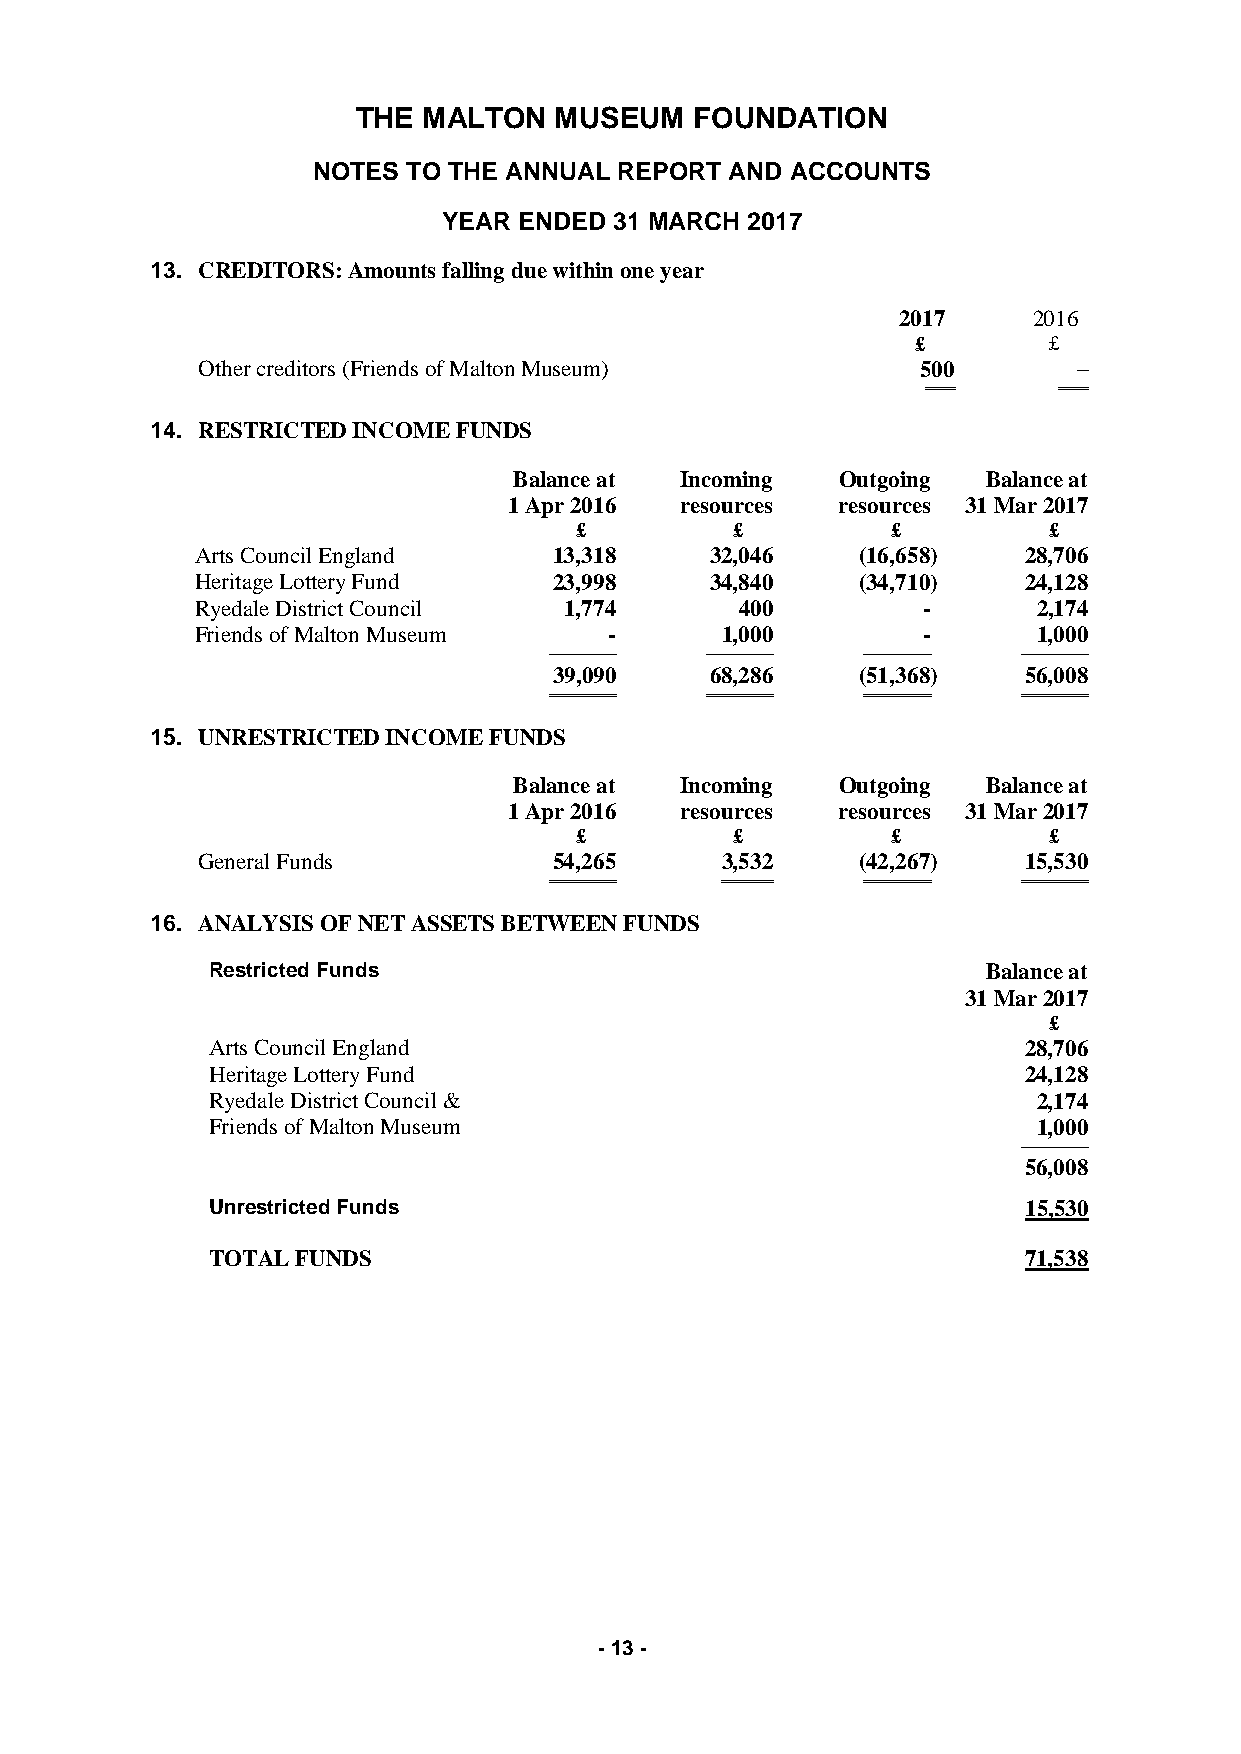
THE MALTON   MUSEUM   FOUNDATION
 NOTES TO THE ANNUAL REPORT AND ACCOUNTS
 YEAR ENDED  31 MARCH 2017
 13. CREDITORS: Amounts falling due within one year
 2017    2016
 £       £
 Other creditors (Friends of Malton Museum)      500       –
 ════     ════
 14. RESTRICTED INCOME FUNDS
 Balance at Incoming   Outgoing Balance at
 1 Apr 2016 resources resources 31 Mar 2017
 £          £         £         £
 Arts Council England    13,318    32,046    (16,658)   28,706
 Heritage Lottery Fund   23,998    34,840    (34,710)   24,128
 Ryedale District Council 1,774      400         -       2,174
 Friends of Malton Museum   -       1,000        -       1,000
 ─────────  ───────── ─────────  ─────────
 39,090    68,286    (51,368)   56,008
 ═════════  ═════════ ═════════  ═════════
 15. UNRESTRICTED INCOME FUNDS
 Balance at Incoming   Outgoing Balance at
 1 Apr 2016 resources resources 31 Mar 2017
 £          £         £         £
 General Funds           54,265     3,532    (42,267)   15,530
 ═════════   ═══════  ═════════  ═════════
 16. ANALYSIS OF NET ASSETS BETWEEN FUNDS
 Restricted Funds                                   Balance at
 31 Mar 2017
 £
 Arts Council England                                  28,706
 Heritage Lottery Fund                                 24,128
 Ryedale District Council &                             2,174
 Friends of Malton Museum                               1,000
 ─────────
 56,008
 Unrestricted Funds                                    15,530
 TOTAL FUNDS                                           71,538
 - 13 -